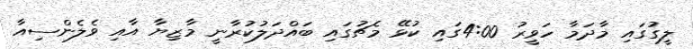
ލީގުގައި މާދަމާ ހަވީރު 4:00ގައި ކުޅޭ މެޗުގައި ބައްދަލުކުރާނީ މާޒިޔާ އާއި ވެލެންސިއާ